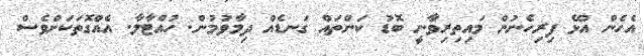
އެހެން އުޅޭ ފިރިހެނުން މައިތިރިވާނީ ބޮޑު ކަންތައް ގަނޑެއް ދިމާވުމުން. ހުއްޓާލާ. އެއްގޮތަކަށްވެސް